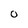
Character: o